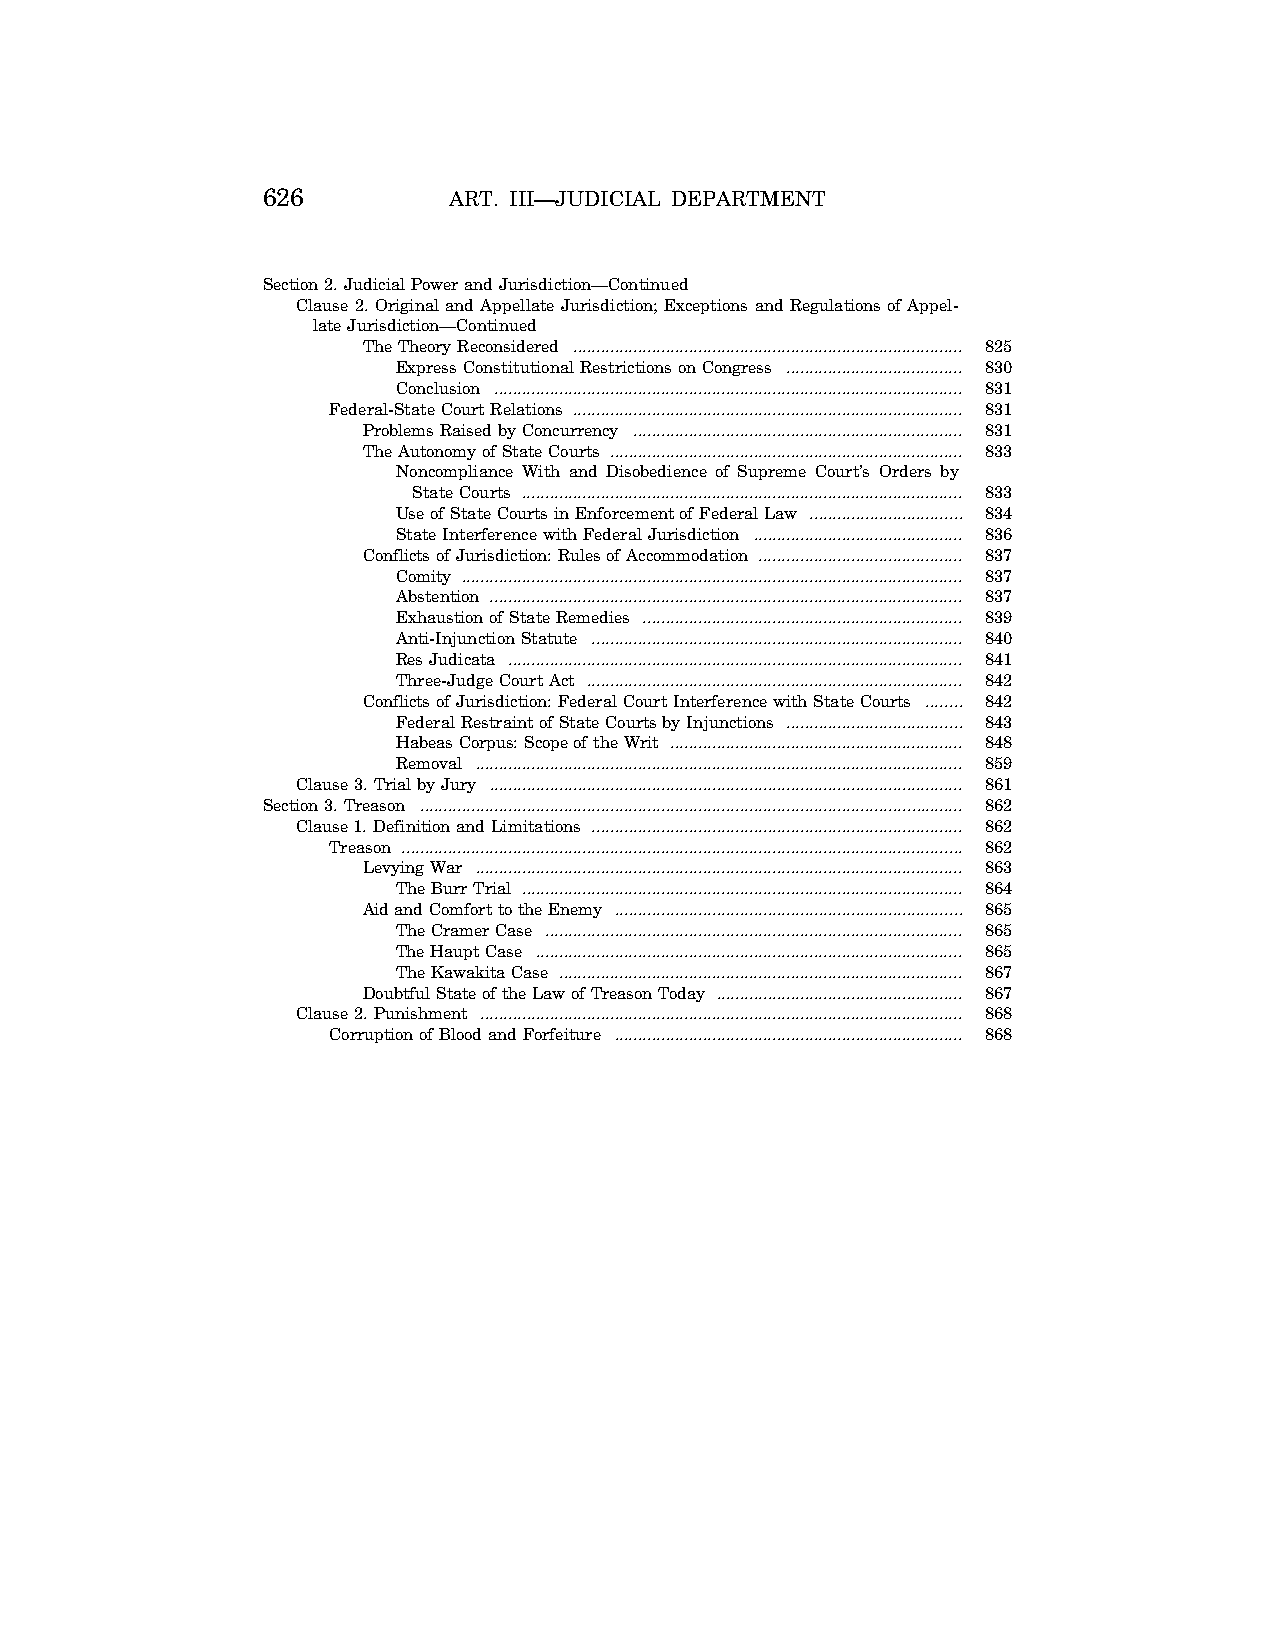
626          ART. III—JUDICIAL DEPARTMENT
 Section 2. Judicial Power and Jurisdiction—Continued
 Clause 2. Original and Appellate Jurisdiction; Exceptions and Regulations of Appel-
 late Jurisdiction—Continued
 The Theory Reconsidered .................................................................................... 825
 Express Constitutional Restrictions on Congress ...................................... 830
 Conclusion ..................................................................................................... 831
 Federal-State Court Relations .................................................................................... 831
 Problems Raised by Concurrency ....................................................................... 831
 The Autonomy of State Courts ............................................................................ 833
 Noncompliance With and Disobedience of Supreme Court’s Orders by
 State Courts ............................................................................................... 833
 Use of State Courts in Enforcement of Federal Law ................................. 834
 State Interference with Federal Jurisdiction ............................................. 836
 Conflicts of Jurisdiction: Rules of Accommodation ............................................ 837
 Comity ............................................................................................................ 837
 Abstention ...................................................................................................... 837
 Exhaustion of State Remedies ..................................................................... 839
 Anti-Injunction Statute ................................................................................ 840
 Res Judicata .................................................................................................. 841
 Three-Judge Court Act ................................................................................. 842
 Conflicts of Jurisdiction: Federal Court Interference with State Courts ........ 842
 Federal Restraint of State Courts by Injunctions ...................................... 843
 Habeas Corpus: Scope of the Writ ............................................................... 848
 Removal ......................................................................................................... 859
 Clause 3. Trial by Jury ...................................................................................................... 861
 Section 3. Treason ..................................................................................................................... 862
 Clause 1. Definition and Limitations ................................................................................ 862
 Treason ......................................................................................................................... 862
 Levying War ......................................................................................................... 863
 The Burr Trial ............................................................................................... 864
 Aid and Comfort to the Enemy ........................................................................... 865
 The Cramer Case .......................................................................................... 865
 The Haupt Case ............................................................................................ 865
 The Kawakita Case ....................................................................................... 867
 Doubtful State of the Law of Treason Today ..................................................... 867
 Clause 2. Punishment ........................................................................................................ 868
 Corruption of Blood and Forfeiture ........................................................................... 868
 VerDate Apr 15 2004 15:19 Jun 18, 2004 Jkt 077500 PO 00000 Frm 00004 Fmt 8221 Sfmt 8221 C:\CONAN\CON012.XXX PRFM99 PsN: CON012